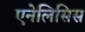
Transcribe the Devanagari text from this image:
एनेलिसिस